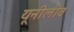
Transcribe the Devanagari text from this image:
यूनीलीव